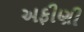
અફીણી